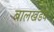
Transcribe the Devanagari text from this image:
बालखडक